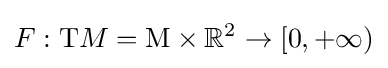
F:{\text{T}}M={\text{M}}\times \mathbb {R} ^{2}\rightarrow [0,+\infty )